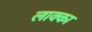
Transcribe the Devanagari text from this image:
लाक्का